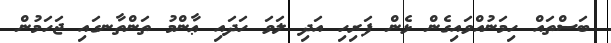
ބަސްތައް ހިމަނުއްވައިގެން ޅެން ފަރިހި އަދި ލަވަ ހަދައި ޢާންމު ތަންތާނގައި ޖަހަމުން